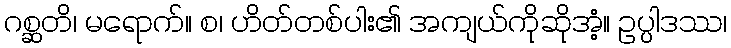
ဂစ္ဆတိ၊ မရောက်။ စ၊ ဟိတ်တစ်ပါး၏ အကျယ်ကိုဆိုအံ့။ ဥပ္ပါဒဿ၊